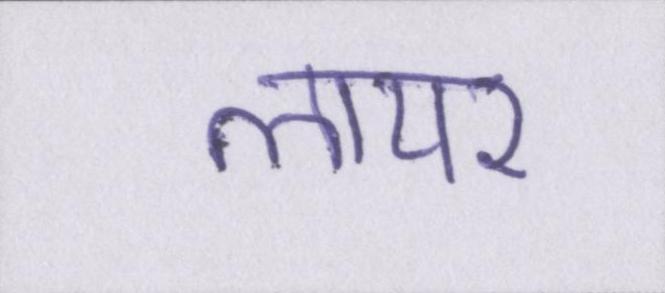
लायर